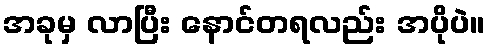
အခုမှ လာပြီး နောင်တရလည်း အပိုပဲ။